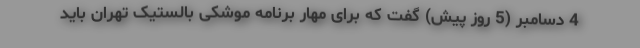
4 دسامبر (5 روز پیش) گفت که برای مهار برنامه موشکی بالستیک تهران باید